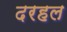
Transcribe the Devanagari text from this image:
दरहल